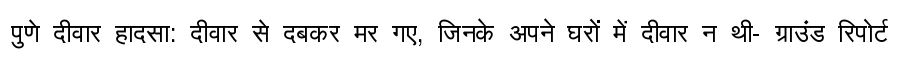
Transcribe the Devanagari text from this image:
पुणे दीवार हादसा: दीवार से दबकर मर गए, जिनके अपने घरों में दीवार न थी- ग्राउंड रिपोर्ट